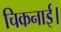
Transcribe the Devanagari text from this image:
चिकनाई।